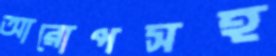
আরোপসহ